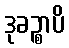
ဒုခဉ္စာပိ